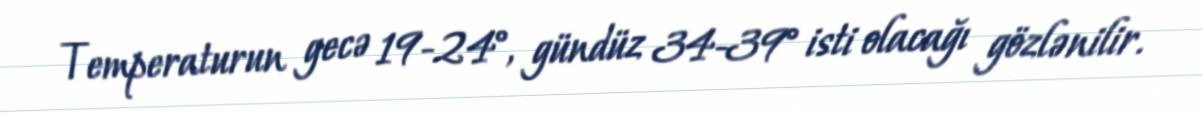
Temperaturun gecə 19-24°, gündüz 34-39° isti olacağı gözlənilir.